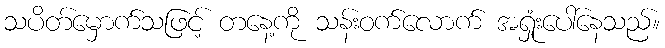
သပိတ်မှောက်သဖြင့် တနေ့ကို သန်းဝက်လောက် အရှုံးပေါ်နေသည်။